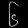
Digit: ၆